Report of the Bombay Plague Committee
Disease focus: Plague
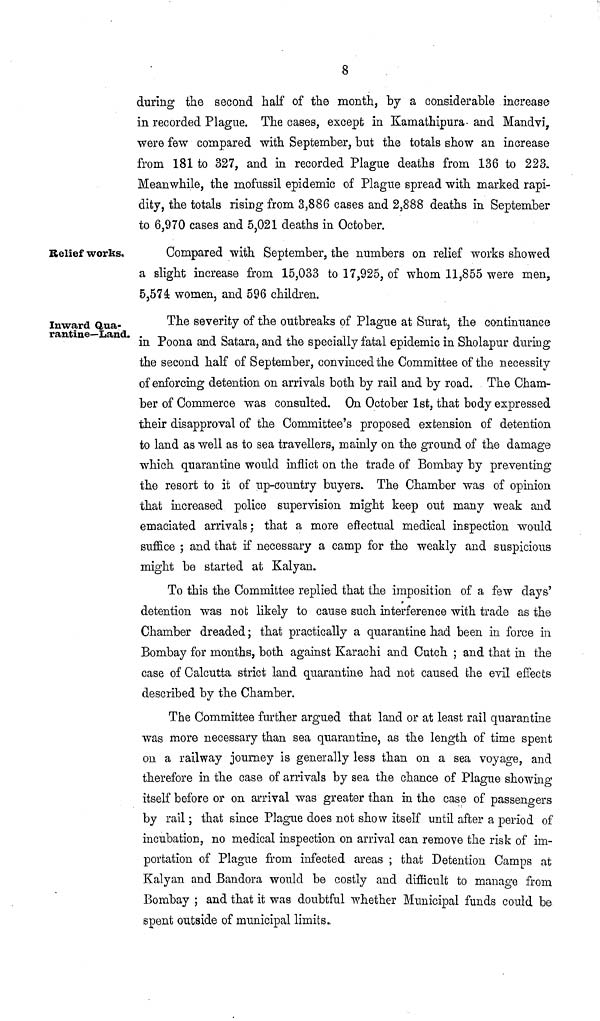
8
during the second half of the month, by a considerable increase
in recorded Plague. The cases, except in Kamathipura and Mandvi,
were few compared with September, but the totals show an increase
from 181 to 327, and in recorded Plague deaths from 136 to 223,
Meanwhile, the mofussil epidemic of Plague spread with marked rapi-
dity, the totals rising from 3,886 cases and 2,888 deaths in September
to 6,970 cases and 5,021 deaths in October.
Relief works.
Compared with September, the numbers on relief works showed
a slight increase from 15,033 to 17,925, of whom 11,855 were men,
5,574 women, and 596 children.
Inward Qua-
rantine—Land.
The severity of the outbreaks of Plague at Surat, the continuance
in Poona and Satara, and the specially fatal epidemic in Sholapur during
the second half of September, convinced the Committee of the necessity
of enforcing detention on arrivals both by rail and by road. The Cham-
ber of Commerce was consulted. On October 1st, that body expressed
their disapproval of the Committee's proposed extension of detention
to land as well as to sea travellers, mainly on the ground of the damage
which quarantine would inflict on the trade of Bombay by preventing
the resort to it of up-country buyers. The Chamber was of opinion
that increased police supervision might keep out many weak and
emaciated arrivals; that a more effectual medical inspection would
suffice ; and that if necessary a camp for the weakly and suspicious
might be started at Kalyan.
To this the Committee replied that the imposition of a few days'
detention was not likely to cause such interference with trade as the
Chamber dreaded; that practically a quarantine had been in force in
Bombay for months, both against Karachi and Cutch ; and that in the
case of Calcutta strict land quarantine had not caused the evil effects
described by the Chamber.
The Committee further argued that land or at least rail quarantine
was more necessary than sea quarantine, as the length of time spent
on a railway journey is generally less than on a sea voyage, and
therefore in the case of arrivals by sea. the chance of Plague showing
itself before or on arrival was greater than in the case of passengers
by rail; that since Plague does not show itself until after a period of
incubation, no medical inspection on arrival can remove the risk of im-
portation of Plague from infected areas ; that Detention Camps at
Kalyan and Bandora would be costly and difficult to manage from
Bombay ; and that it was doubtful whether Municipal funds could be
spent outside of municipal limits..